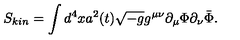
S _ { k i n } = \int d ^ { 4 } x a ^ { 2 } ( t ) \sqrt { - g } g ^ { \mu \nu } \partial _ { \mu } \Phi \partial _ { \nu } \bar { \Phi } .